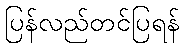
ပြန်လည်တင်ပြရန်